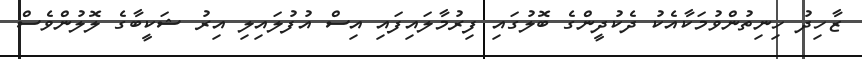
ޒާހިދު ހިނިތުންވުމަކާއެކު ދެކުދީންގެ ބޮލުގައި ފިރުމާލައިފައި އިސް އުފުލައިލި އިރު ޝަކީބާގެ ލޮލުންވެސް